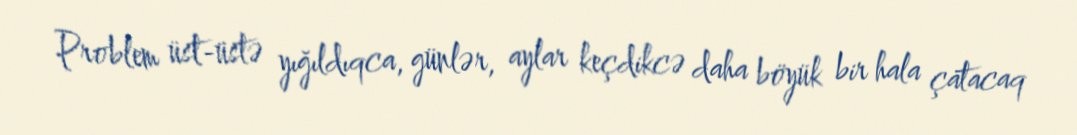
Problem üst-üstə yığıldıqca, günlər, aylar keçdikcə daha böyük bir hala çatacaq